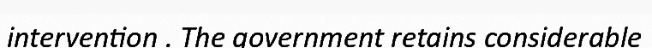
intervention . The government retains considerable